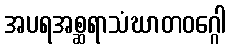
အပရအစ္ဆရာသံဃာတဝဂ္ဂေါ